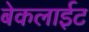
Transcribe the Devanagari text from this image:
बेकलाईट